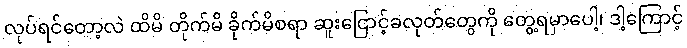
လုပ်ရင်တော့လဲ ထိမိ တိုက်မိ ခိုက်မိစရာ ဆူးငြောင့်ခလုတ်တွေကို တွေ့ရမှာပေါ့၊ ဒါ့ကြောင့်